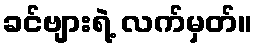
ခင်ဗျားရဲ့ လက်မှတ်။